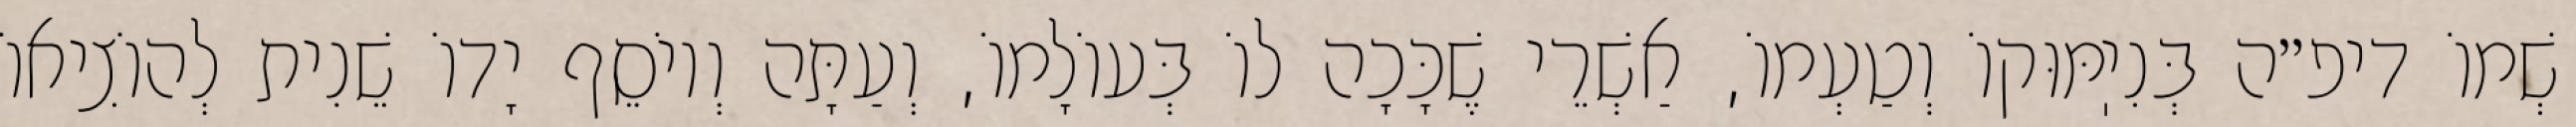
שְׁמוֹ דיפ״ה בְּנִיֽמּוּקוֹ וְטַעְמוֹ, אַשְׁרֵי שֶׁכָּכָה לוֹ בְּעוֹלָמוֹ, וְעַתָּה וְיוֹסֵף יָדוֹ שֵׁנִית לְהוֹצִיאוֹ